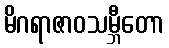
မိဂရာဇာဝသမ္ဘီတော